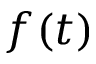
f ( t )